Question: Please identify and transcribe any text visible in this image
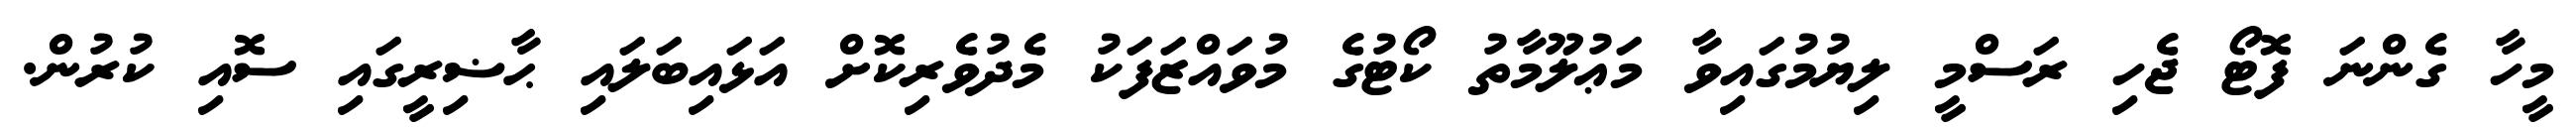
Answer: މީހާ ގެންނަ ފޮޓޯ ޖެހި ރަސްމީ ލިޔުމުގައިވާ މަޢުލޫމާތު ކޯޓުގެ މުވައްޒަފަކު މެދުވެރިކޮށް އަޅައިބަލައި ޙާޟިރީގައި ސޮއި ކުރުން.